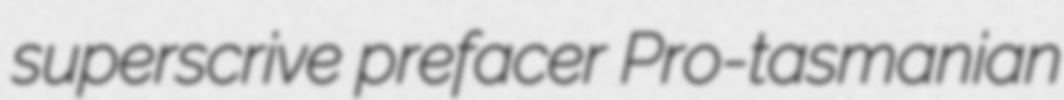
superscrive prefacer Pro-tasmanian